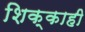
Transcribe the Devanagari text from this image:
शिक्काही